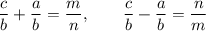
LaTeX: { \frac { c } { b } } + { \frac { a } { b } } = { \frac { m } { n } } , \quad \quad { \frac { c } { b } } - { \frac { a } { b } } = { \frac { n } { m } }